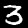
Digit: 3